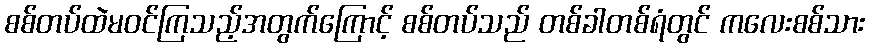
စစ်တပ်ထဲမဝင်ကြသည့်အတွက်ကြောင့် စစ်တပ်သည် တစ်ခါတစ်ရံတွင် ကလေးစစ်သား